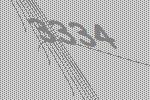
3334